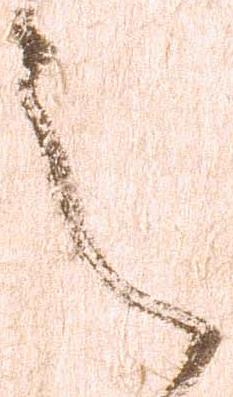
之